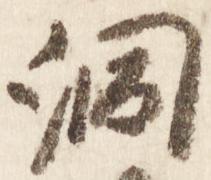
洞